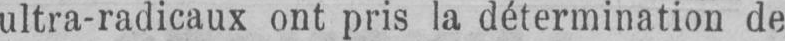
ultra-radicaux ont pris la détermination de